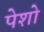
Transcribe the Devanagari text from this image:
पेशो